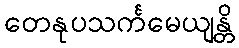
တေနုပသင်္ကမေယျန္တိ